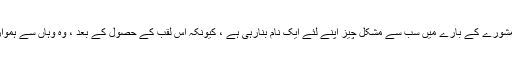
کاروبار سے متعلق مشورے کے بارے میں سب سے مشکل چیز اپنے لئے ایک نام بنارہی ہے ، کیونکہ اس لقب کے حصول کے بعد ، وہ وہاں سے ہموار سفر طے کرتا ہے۔